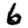
Digit: 6